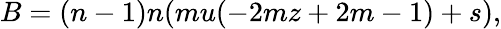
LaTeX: B=(n-1)n(mu(-2mz+2m-1)+s),